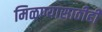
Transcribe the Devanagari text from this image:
मिळण्यासाठीही